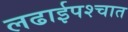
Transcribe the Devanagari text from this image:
लढाईपश्चात